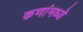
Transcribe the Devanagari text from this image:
कणांमध्ये